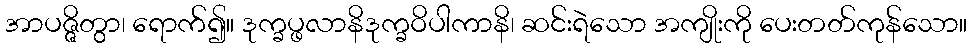
အာပဇ္ဇိတွာ၊ ရောက်၍။ ဒုက္ခပ္ဖလာနိဒုက္ခဝိပါကာနိ၊ ဆင်းရဲသော အကျိုးကို ပေးတတ်ကုန်သော။